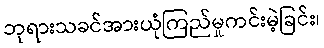
ဘုရားသခင်အားယုံကြည်မှုကင်းမဲ့ခြင်း၊